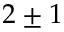
2 \pm { } 1